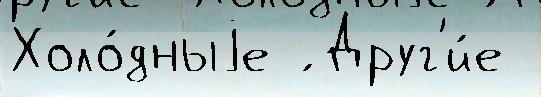
Холо́дныjе ́ Друг'и́е